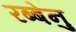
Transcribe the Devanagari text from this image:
रब्बेनु